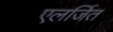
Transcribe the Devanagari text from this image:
एलर्जित